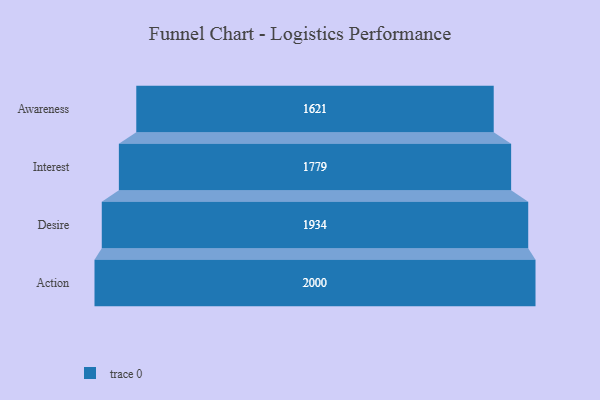
{"axis": {"x": "Stage", "y": "Value"}, "legend": [""], "data": [{"x": "Awareness", "y": 1621.0, "type": ""}, {"x": "Interest", "y": 1779.0, "type": ""}, {"x": "Desire", "y": 1934.0, "type": ""}, {"x": "Action", "y": 2000, "type": ""}]}